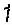
1